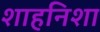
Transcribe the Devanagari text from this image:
शाहनिशा